Report on malaria in the Punjab during the year ...  together with an account of the work of the Punjab Malaria Bureau - Volume 3
Disease focus: Malaria
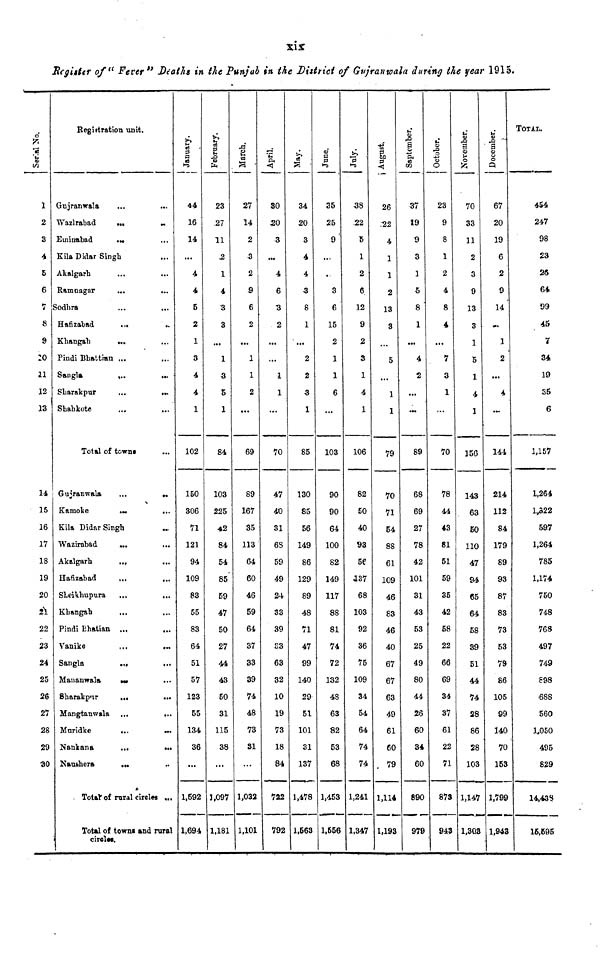
xix
Register of "Fever" Deaths in the Punjab in the District of Gujranwala during the year 1915.
Serial No.
1
2
3
4
5
6
7
8
9
10
11
12
13
14
15
16
17
18
19
20
2\
22
23
24
25
26
27
28
29
30
Registration unit.
Gujranwala
...
Wazlrabad
...
...
Eminabad
...
Kila Didar Singh
Akalgarh
Ramoagar
...
...
Sodhra
...
...
Hafizabad
...
Khangah
...
Pindi Bhattian ...
Sangla
...
Sharakpur
...
...
Shahkote
Total of towns
Gujranwala
...
...
Kamoke
...
...
Kila Didar Singh
...
Wazirabad
...
...
Akalgarh
...
...
Hafízabad
...
...
Sheikupura
Khangah
Pindi Bhatian ...
...
Vanike
...
...
Sangla
...
...
Mananwala
...
Sharakpur
...
...
Mangtanwala ...
...
Muridke
...
...
Nankana
...
...
Naushera
....
Total of rural circles ,.,
Total of towns and rural
circles.
January.
44
16
14
...
4
4
5
2
1
3
4
4
1
102
150
306
71
121
94
109
83
55
83
64
51
57
123
55
134
36
1,592
1,694
February.
23
27
11
2
1
4
3
3
1
3
5
1
84
103
225
42
84
54
85
59
47
50
27
44
43
50
31
115
38
],097
1,181
March.
27
14
2
3
2
S
6
2
1
1
2
69
89
167
35
113
64
60
46
59
64
37
33
39
74
48
73
SI
1,032
1,101
April.
30
20
3
...
4
6
3
2
...
1
1
...
70
47
40
31
68
59
49
24
33
39
S3
63
32
10
19
73
18
84
722
792
May.
34
20
3
4
4
3
8
1
2
2
3
1
85
130
85
56
149
86
129
89
48
71
47
99
140
29
51
101
31
137
1,478
1,563
June.
35
25
9
...
..
3
6
15
2
1
1
6
...
103
90
90
64
100
82
149
117
88
81
74
72
132
48
63
82
53
68
1,453
1,556
July.
38
.22
5
1
2
6
12
9
2
3
1
4
1
106
82
50
40
93
56
137
68
103
92
36
75
109
34
54
64
74
74
1,241
1,347
August.
26
22
4
1
1
2
13
3
5
...
1
1
79
70
71
54
88
61
109
46
S3
46
40
67
67
63
49
61
60
79
1,114
1,193
September.
37
19
9
3
1
5
8
1
...
4
...
...
89
68
69
27
78
42
101
31
43
53
25
49
80
44
26
60
34
60
890
979
October.
23
9
8
1
2
4
8
4
...
7
3
1
...
70
78
44
43
81
51
59
35
42
58
22
66
69
34
37
61
22
71
873
943
November.
70
33
11
2
3
9
13
3
1
S
1
4
1
156
143
63
BO
110
47
94
65
64
58
39
51
44
74
28
86
28
103
1,147
1,30.3
December.
67
20
19
6
2
9
14
1
2
...
4
144
214
112
84
179
89
93
87
83
73
53
79
86
105
99
140
70
153
1,799
1,943
TOTAL.
454
247
98
23
25
64
99
45
7
34
19
35
6
1,157
1,264
1,822
59.7
1,264
785
1,174
750
748
768
497
749
898
688
•560
1,050
495
829
14,439
16,695